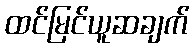
ထင်မြင်ယူဆချက်